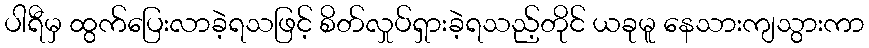
ပါရီမှ ထွက်ပြေးလာခဲ့ရသဖြင့် စိတ်လှုပ်ရှားခဲ့ရသည့်တိုင် ယခုမူ နေသားကျသွားကာ